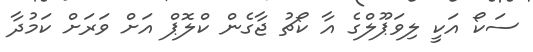
ސަކޯ އަކީ ލިވަޕޫލްގެ އާ ކޯޗު ޖާގެން ކްލޮޕް އަށް ވަރަށް ކަމުދާ